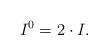
LaTeX: \begin{align*} I^0 = 2 \cdot I.\end{align*}